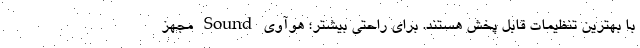
با بهترین تنظیمات قابل پخش هستند. برای راحتی بیشتر؛ هوآوی Sound مجهز